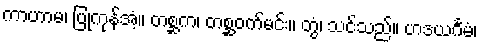
ကာဟာမ၊ ပြုကုန်အံ့။ တစ္ဆက၊ တစ္ဆဝက်မင်း။ တွံ၊ သင်သည်။ ဟဒယင်္ဂမံ၊